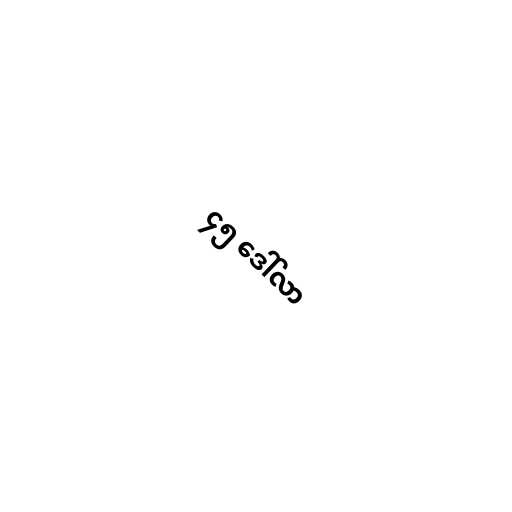
၄၅ ဒေါ်လာ